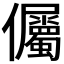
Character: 𭀔